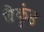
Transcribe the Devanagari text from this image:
बैकुंड